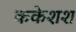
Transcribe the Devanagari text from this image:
ककेशश